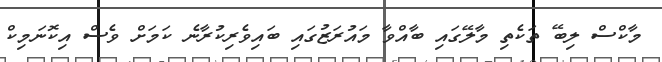
މާކްސް ލިބޭ ތަކެތި މާލޭގައި ބާއްވާ މައުރަޒުގައި ބައިވެރިކުރާނެ ކަމަށް ވެސް އިކޮނަމިކް